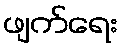
ဖျက်ရေး